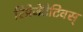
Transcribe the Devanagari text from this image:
रिप्रेजेंटेटिवस्